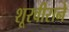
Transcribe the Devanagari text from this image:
शूरवीराने